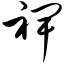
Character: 裨